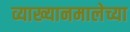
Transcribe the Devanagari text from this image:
व्याख्यानमालेच्या